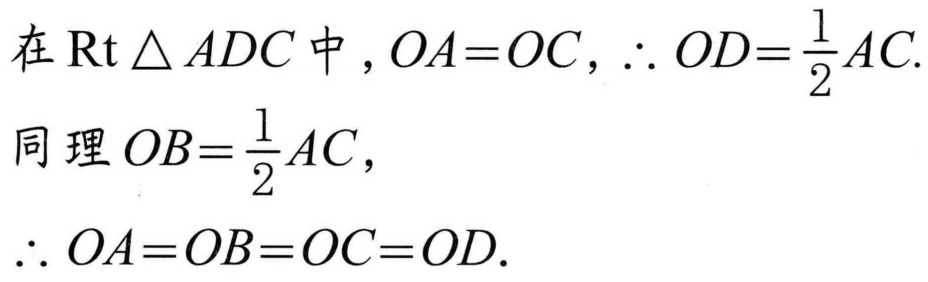
在\(\text{Rt}\triangle ADC\)中，\(OA = OC\)，\(\therefore OD=\frac{1}{2}AC\).
同理\(OB=\frac{1}{2}AC\)，
\(\therefore OA = OB = OC = OD\).